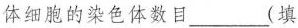
体细胞的染色体数目___(填